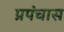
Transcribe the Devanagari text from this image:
प्रपंचास